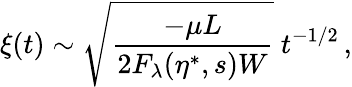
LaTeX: \xi(t)\sim\sqrt{\frac{-\mu L}{2F_{\lambda}(\eta^{\ast},s)W}}\ t^{-1/2}\, ,